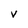
Character: V